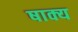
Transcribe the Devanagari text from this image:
षाक्य